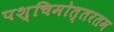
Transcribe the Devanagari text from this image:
पश्चिमोत्तरतम